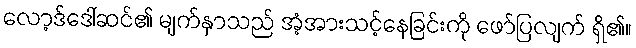
လော့ဒ်ဒေါ်ဆင်၏ မျက်နှာသည် အံ့အားသင့်နေခြင်းကို ဖော်ပြလျက် ရှိ၏။